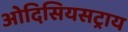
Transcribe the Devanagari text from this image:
ओदिसियसट्राय